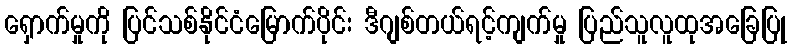
ရှောက်မှုကို ပြင်သစ်နိုင်ငံမြောက်ပိုင်း ဒီဂျစ်တယ်ရင့်ကျက်မှု ပြည်သူလူထုအခြေပြု